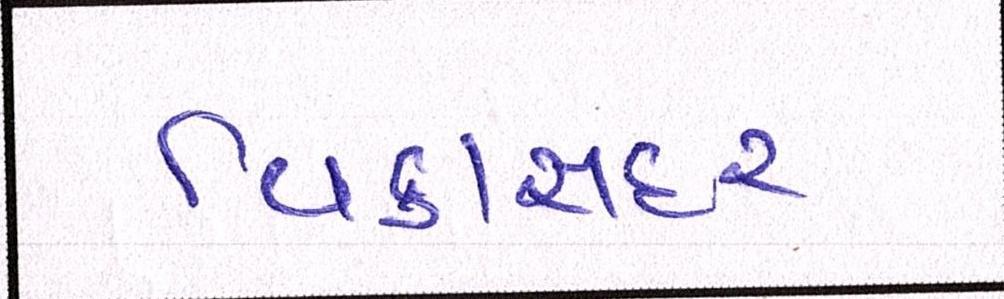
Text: વિકાસદર